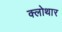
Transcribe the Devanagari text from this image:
क्लोथार